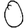
Digit: 0